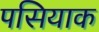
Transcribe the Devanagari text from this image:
पसियाक